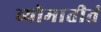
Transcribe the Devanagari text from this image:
व्योमातीतं